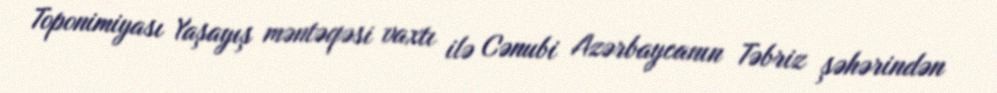
Toponimiyası Yaşayış məntəqəsi vaxtı ilə Cənubi Azərbaycanın Təbriz şəhərindən